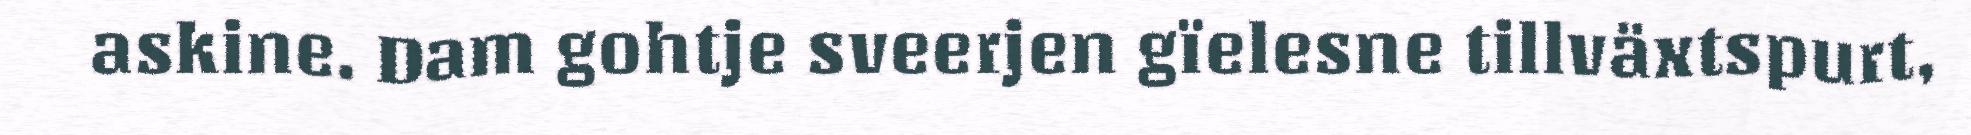
askine. Dam gohtje sveerjen gïelesne tillväxtspurt,